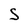
Character: 5